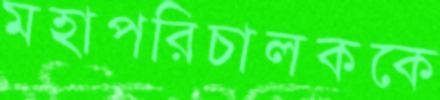
মহাপরিচালককে